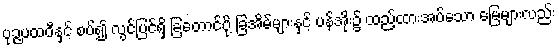
ပုဉ္ဇပထဝီနှင့် စပ်၍ လွင်ပြင်ရှိ ခြတောင်ပို့ ခြအိမ်များနှင့် ပန်အိုး၌ ထည့်ထားအပ်သော မြေများလည်း